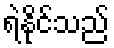
ရဲနိုင်သည်